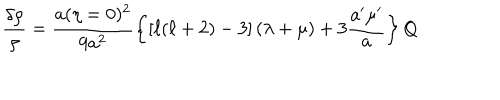
LaTeX: \frac { \delta \rho } { \rho } = \frac { a ( \eta = 0 ) ^ { 2 } } { 9 a ^ { 2 } } \left\{ \left[ \ell ( \ell + 2 ) - 3 \right] \left( \lambda + \mu \right) + 3 \frac { a ^ { \prime } \mu ^ { \prime } } { a } \right\} Q